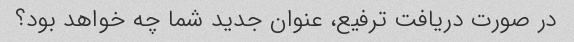
در صورت دریافت ترفیع، عنوان جدید شما چه خواهد بود؟